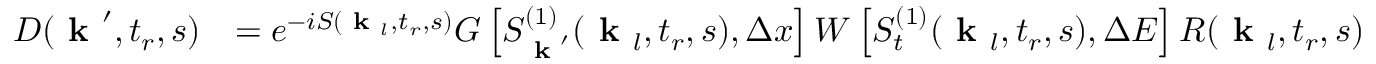
\begin{array} { r l } { D ( \textbf { k } ^ { \prime } , t _ { r } , s ) } & { = e ^ { - i S ( \textbf { k } _ { l } , t _ { r } , s ) } G \left[ S _ { \textbf { k } ^ { \prime } } ^ { ( 1 ) } ( \textbf { k } _ { l } , t _ { r } , s ) , \Delta x \right] W \left[ S _ { t } ^ { ( 1 ) } ( \textbf { k } _ { l } , t _ { r } , s ) , \Delta E \right] R ( \textbf { k } _ { l } , t _ { r } , s ) } \end{array}